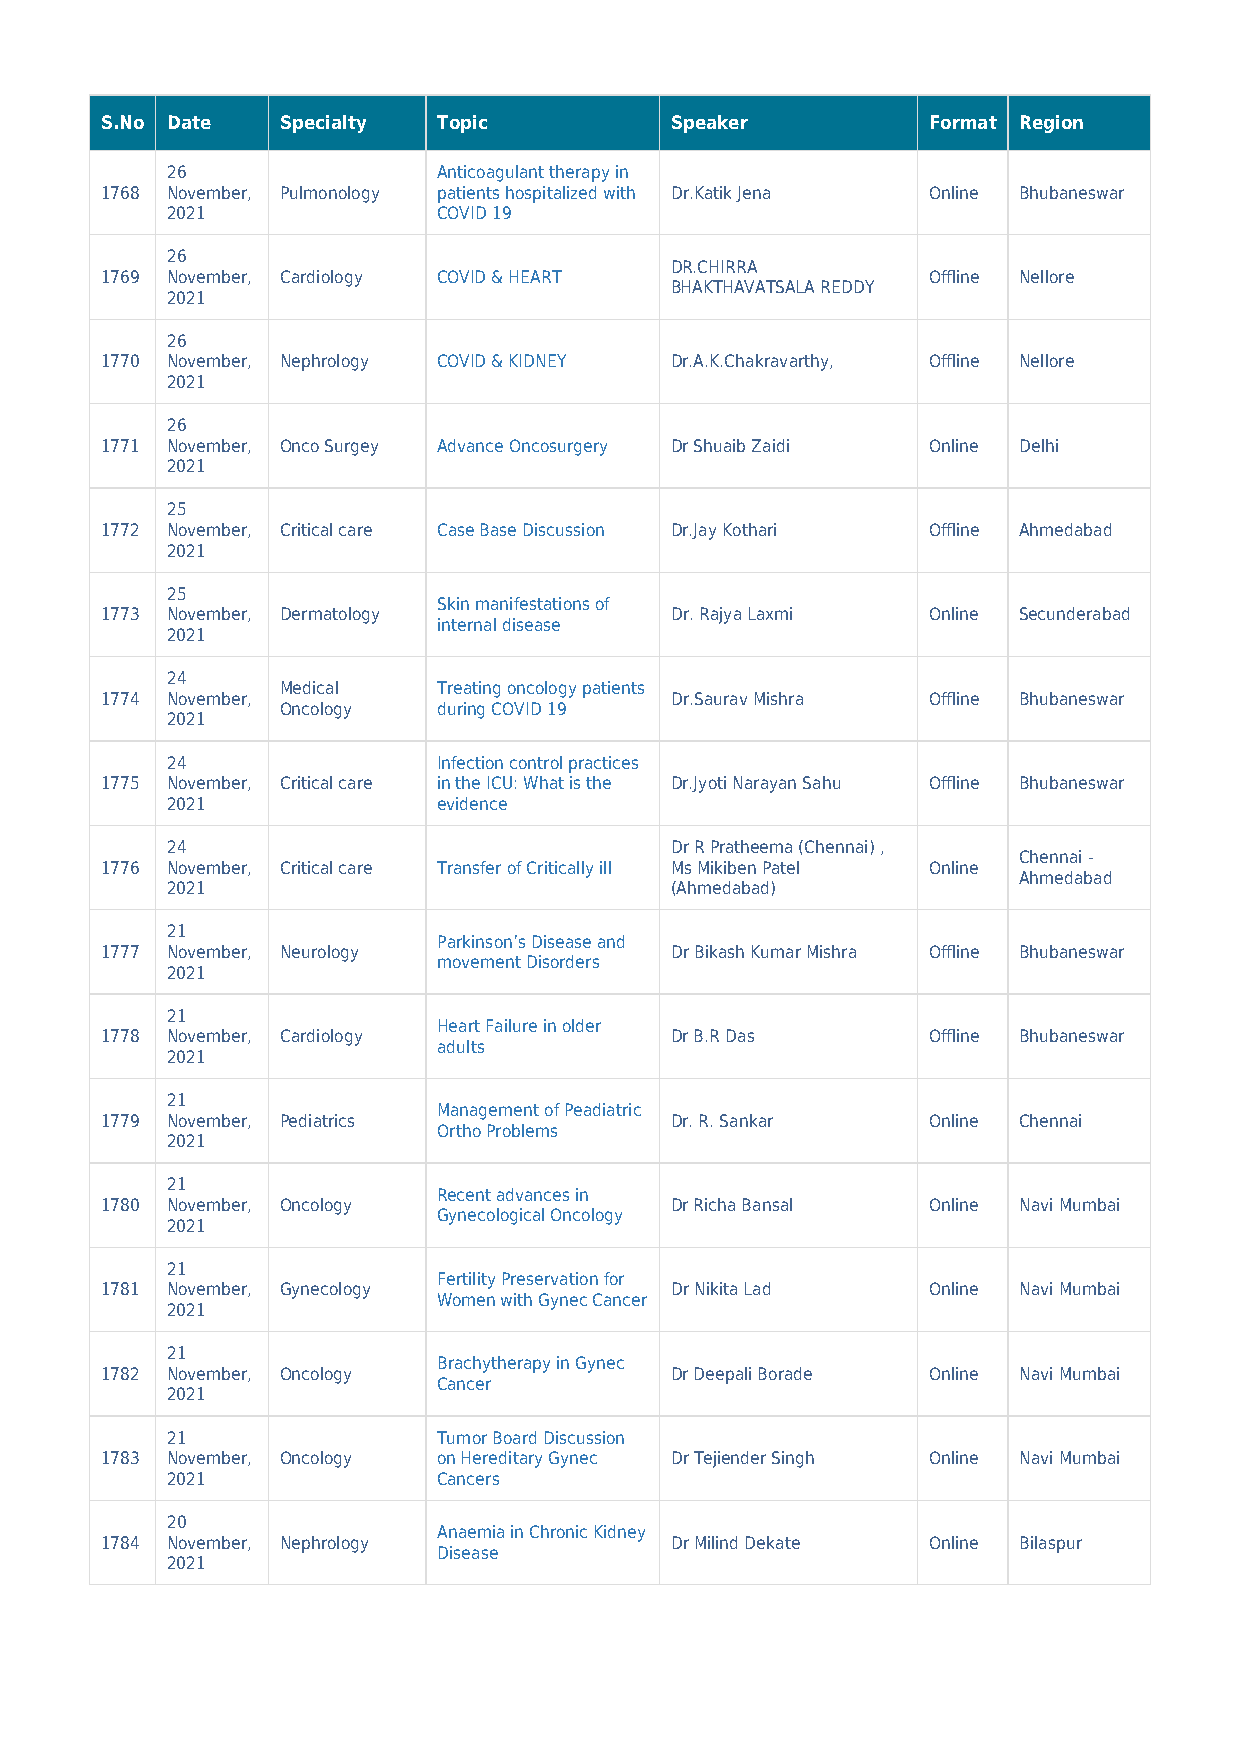
S.No Date   Specialty Topic          Speaker          Format Region
 26                Anticoagulant therapy in
 1768 November, Pulmonology patients hospitalized with Dr.Katik Jena Online Bhubaneswar
 2021              COVID 19
 26
 DR.CHIRRA
 1769 November, Cardiology COVID & HEART               Offline Nellore
 BHAKTHAVATSALA REDDY
 2021
 26
 1770 November, Nephrology COVID & KIDNEY Dr.A.K.Chakravarthy, Offline Nellore
 2021
 26
 1771 November, Onco Surgey Advance Oncosurgery Dr Shuaib Zaidi Online Delhi
 2021
 25
 1772 November, Critical care Case Base Discussion Dr.Jay Kothari Offline Ahmedabad
 2021
 25
 Skin manifestations of
 1773 November, Dermatology           Dr. Rajya Laxmi  Online Secunderabad
 internal disease
 2021
 24
 Medical   Treating oncology patients
 1774 November,                       Dr.Saurav Mishra Offline Bhubaneswar
 Oncology  during COVID 19
 2021
 24                Infection control practices
 1775 November, Critical care in the ICU: What is the Dr.Jyoti Narayan Sahu Offline Bhubaneswar
 2021              evidence
 24                               Dr R Pratheema (Chennai) ,
 Chennai -
 1776 November, Critical care Transfer of Critically ill Ms Mikiben Patel Online
 Ahmedabad
 2021                             (Ahmedabad)
 21
 Parkinson’s Disease and
 1777 November, Neurology             Dr Bikash Kumar Mishra Offline Bhubaneswar
 movement Disorders
 2021
 21
 Heart Failure in older
 1778 November, Cardiology            Dr B.R Das       Offline Bhubaneswar
 adults
 2021
 21
 Management of Peadiatric
 1779 November, Pediatrics            Dr. R. Sankar    Online Chennai
 Ortho Problems
 2021
 21
 Recent advances in
 1780 November, Oncology              Dr Richa Bansal  Online Navi Mumbai
 Gynecological Oncology
 2021
 21
 Fertility Preservation for
 1781 November, Gynecology            Dr Nikita Lad    Online Navi Mumbai
 Women with Gynec Cancer
 2021
 21
 Brachytherapy in Gynec
 1782 November, Oncology              Dr Deepali Borade Online Navi Mumbai
 Cancer
 2021
 21                Tumor Board Discussion
 1783 November, Oncology on Hereditary Gynec Dr Tejiender Singh Online Navi Mumbai
 2021              Cancers
 20
 Anaemia in Chronic Kidney
 1784 November, Nephrology            Dr Milind Dekate Online Bilaspur
 Disease
 2021